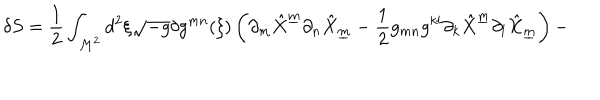
LaTeX: \delta S = { \frac { 1 } { 2 } } \int _ { { \cal M } ^ { 2 } } d ^ { 2 } \xi \sqrt { - g } \delta g ^ { m n } ( \xi ) \left( \partial _ { m } { \hat { X } } ^ { \underline { { { m } } } } \partial _ { n } { \hat { X } } _ { \underline { { { m } } } } - { \frac { 1 } { 2 } } g _ { m n } g ^ { k l } \partial _ { k } { \hat { X } } ^ { \underline { { { m } } } } \partial _ { l } { \hat { X } } _ { \underline { { { m } } } } \right) -